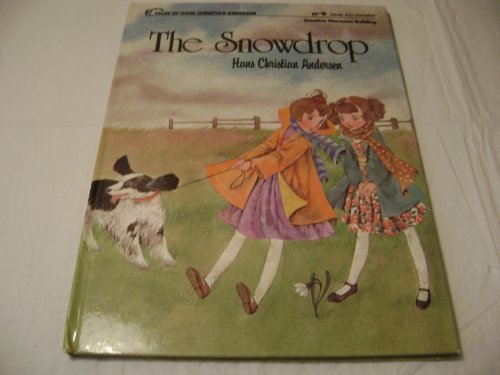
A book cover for The Snowdrop; Hans Christian Andersen; Comics & Graphic Novels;